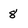
Character: 8